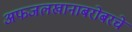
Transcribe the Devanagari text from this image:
अफजलखानाबरोबरचे